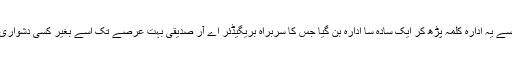
دن گزرے تو پھر سے یہ ادارہ کلمہ پڑھ کر ایک سادہ سا ادارہ بن گیا جس کا سربراہ بریگیڈئر اے آر صدیقی بہت عرصے تک اسے بغیر کسی دشواری کے چلاتے رہے۔